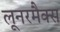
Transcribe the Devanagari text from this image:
लूनरमैक्स